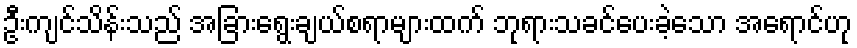
ဦးကျင်သိန်းသည် အခြားရွေးချယ်စရာများထက် ဘုရားသခင်ပေးခဲ့သော အရောင်ဟု